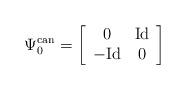
LaTeX: \begin{align*}\Psi_0^{\rm can}=\left[\begin{array}{cc}0&{\rm Id}\\-{\rm Id}&0\end{array}\right]\end{align*}